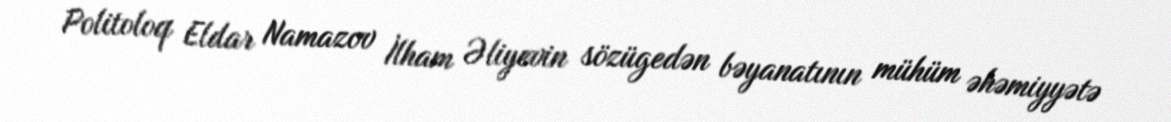
Politoloq Eldar Namazov İlham Əliyevin sözügedən bəyanatının mühüm əhəmiyyətə